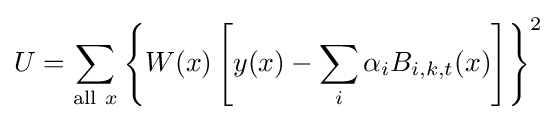
U=\sum _{{\text{all}}~x}\left\{W(x)\left[y(x)-\sum _{i}\alpha _{i}B_{i,k,t}(x)\right]\right\}^{2}